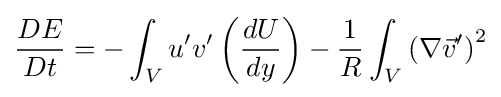
{\frac {DE}{Dt}}=-\int _{V}u'v'\left({\frac {dU}{dy}}\right)-{\frac {1}{R}}\int _{V}\left(\nabla {\vec {v}}'\right)^{2}